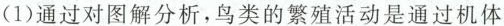
(1)通过对图解分析，鸟类的繁殖活动是通过机体